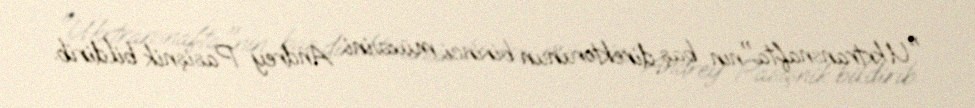
"Ukrtransnafta"nın baş direktorunun birinci müavini Andrey Pasişnik bildirib.